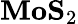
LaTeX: \mathbf{MoS}_{2}